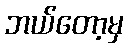
ဘယ်တော့မှ